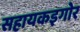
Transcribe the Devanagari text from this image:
सहायकइगोर